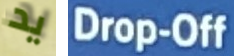
يد Drop-Off